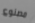
مصنوع